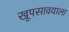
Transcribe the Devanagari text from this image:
खूपसावयाला